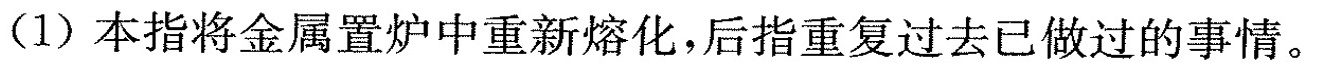
(1) 本指将金属置炉中重新熔化，后指重复过去已做过的事情。